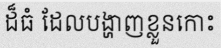
ដ៏ធំ ដែលបង្ហាញខ្លួនកោះ